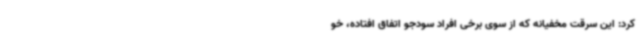
کرد: این سرقت مخفیانه که از سوی برخی افراد سودجو اتفاق افتاده، خو